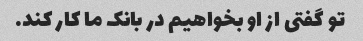
تو گفتی از او بخواهیم در بانک ما کار کند.